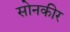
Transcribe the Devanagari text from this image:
सोनकीर